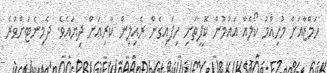
ހަމްޒާއަށް މުހިއްމު ކޯލެއް އައުމުން ކޮފީތަށި ހިފައިގެން ރެއިލިން ކާރިއަަށް ދިޔައެވެ. ދެމިނެޓަށްވުރެ